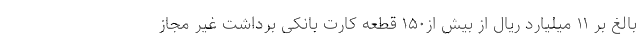
بالغ بر ۱۱ میلیارد ریال از بیش از۱۵۰ قطعه کارت بانکی برداشت غیر مجاز